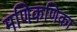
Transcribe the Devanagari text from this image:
मणिकणिका